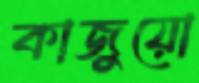
কাজুয়ো